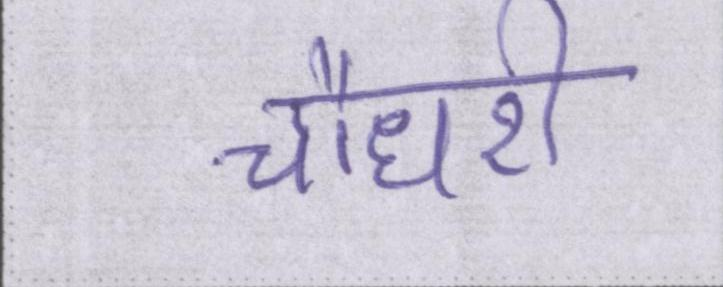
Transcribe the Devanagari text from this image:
चौधरी